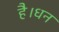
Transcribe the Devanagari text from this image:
है।धन